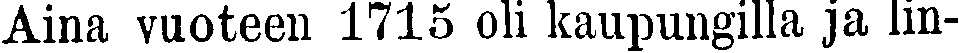
Aina vuoteen 1715 oli kaupungilla ja lin-